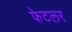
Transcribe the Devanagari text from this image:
फेटलर